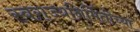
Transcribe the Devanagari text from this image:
स्वराज्यनिर्मितीच्या